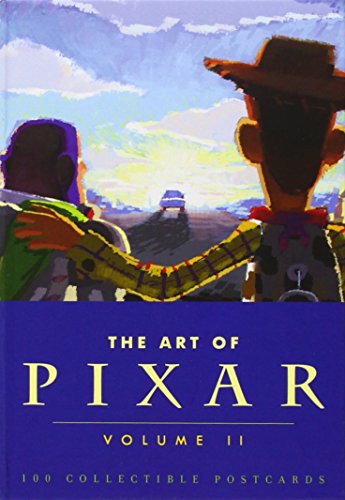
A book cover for The Art of Pixar, Volume II: 100 Collectible Postcards; Pixar; Arts & Photography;